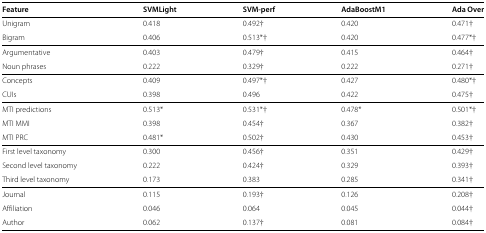
| Feature | SVMLight | SVM-perf | AdaBoostM1 | Ada Over |
 | --- | --- | --- | --- | --- |
 | Unigram | 0.418 | 0.492 † | 0.420 | 0.471 † |
 | Bigram | 0.406 | 0.513* † | 0.420 | 0.477* † |
 | Argumentative | 0.403 | 0.479 † | 0.415 | 0.464 † |
 | Noun phrases | 0.222 | 0.329 † | 0.222 | 0.271 † |
 | Concepts | 0.409 | 0.497* † | 0.427 | 0.480* † |
 | CUIs | 0.398 | 0.496 | 0.422 | 0.475 † |
 | MTI predictions | 0.513* | 0.531* † | 0.478* | 0.501* † |
 | MTI MMI | 0.398 | 0.454 † | 0.367 | 0.382 † |
 | MTI PRC | 0.481* | 0.502 † | 0.430 | 0.453 † |
 | First level taxonomy | 0.300 | 0.456 † | 0.351 | 0.429 † |
 | Second level taxonomy | 0.222 | 0.424 † | 0.329 | 0.393 † |
 | Third level taxonomy | 0.173 | 0.383 | 0.285 | 0.341 † |
 | Journal | 0.115 | 0.193 † | 0.126 | 0.208 † |
 | Affiliation | 0.046 | 0.064 | 0.045 | 0.044 † |
 | Author | 0.062 | 0.137 † | 0.081 | 0.084 † |